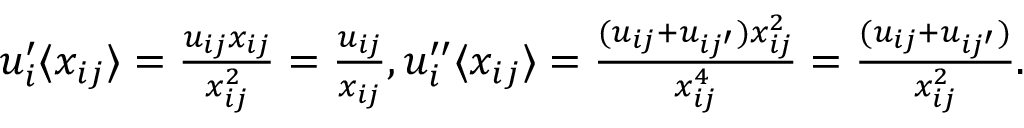
\begin{array} { r } { u _ { i } ^ { \prime } \langle x _ { i j } \rangle = \frac { u _ { i j } x _ { i j } } { x _ { i j } ^ { 2 } } = \frac { u _ { i j } } { x _ { i j } } , u _ { i } ^ { \prime \prime } \langle x _ { i j } \rangle = \frac { ( u _ { i j } + u _ { i j ^ { \prime } } ) x _ { i j } ^ { 2 } } { x _ { i j } ^ { 4 } } = \frac { ( u _ { i j } + u _ { i j ^ { \prime } } ) } { x _ { i j } ^ { 2 } } . } \end{array}